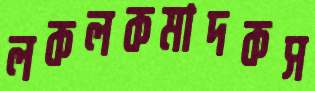
লকলকমাদকস